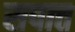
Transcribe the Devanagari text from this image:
सपात्त